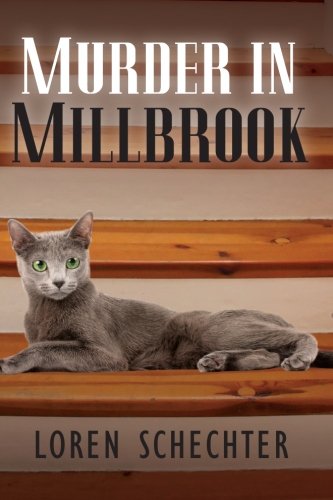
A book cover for Murder in Millbrook - Large Print; Loren Schechter; Mystery, Thriller & Suspense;